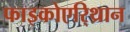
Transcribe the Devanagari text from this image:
फाइकोएरि्थ्रान